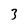
Character: 3